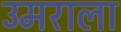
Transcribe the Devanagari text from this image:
उमराला